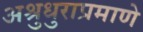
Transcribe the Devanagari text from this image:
अश्रुधुराप्रमाणे